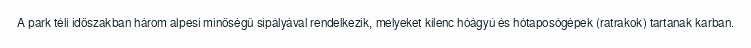
A park téli időszakban három alpesi minőségű sípályával rendelkezik, melyeket kilenc hóágyú és hótaposógépek (ratrakok) tartanak karban.